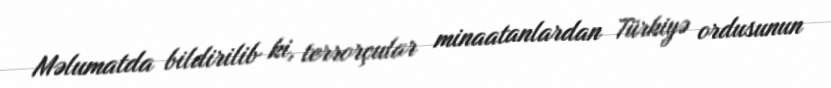
Məlumatda bildirilib ki, terrorçular minaatanlardan Türkiyə ordusunun